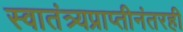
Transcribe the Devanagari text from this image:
स्वातंत्र्यप्राप्तीनंतरही